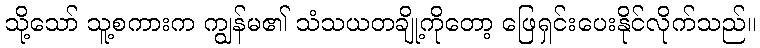
သို့သော် သူ့စကားက ကျွန်မ၏ သံသယတချို့ကိုတော့ ဖြေရှင်းပေးနိုင်လိုက်သည်။